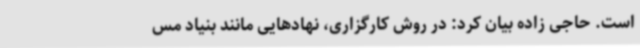
است. حاجی زاده بیان کرد: در روش کارگزاری، نهادهایی مانند بنیاد مس